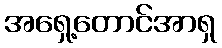
အရှေ့တောင်အာရှ